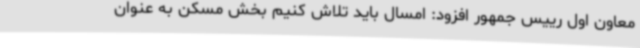
معاون اول رییس جمهور افزود: امسال باید تلاش کنیم بخش مسکن به عنوان